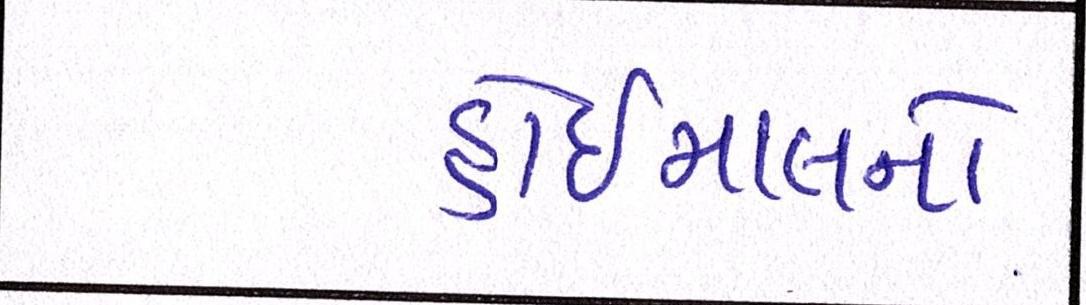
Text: હોઇમાલનો